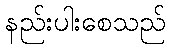
နည်းပါးစေသည်